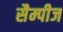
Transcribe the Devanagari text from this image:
सैम्पीज